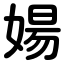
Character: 婸